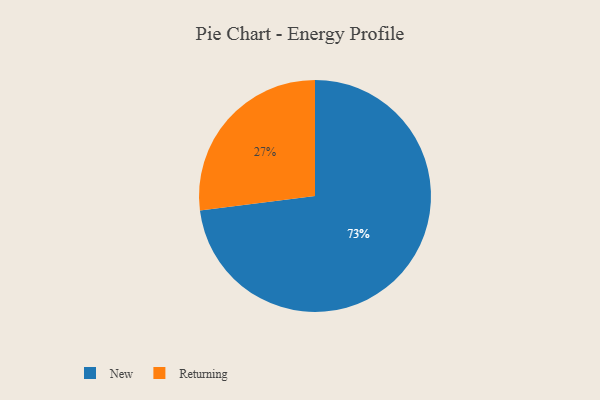
{"axis": {"x": "Category", "y": "Percentage"}, "legend": ["New", "Returning"], "data": [{"x": "Returning", "y": 27, "type": "Returning"}, {"x": "New", "y": 73, "type": "New"}]}